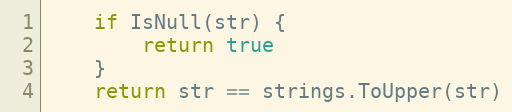
Language: Go
	if IsNull(str) {
		return true
	}
	return str == strings.ToUpper(str)